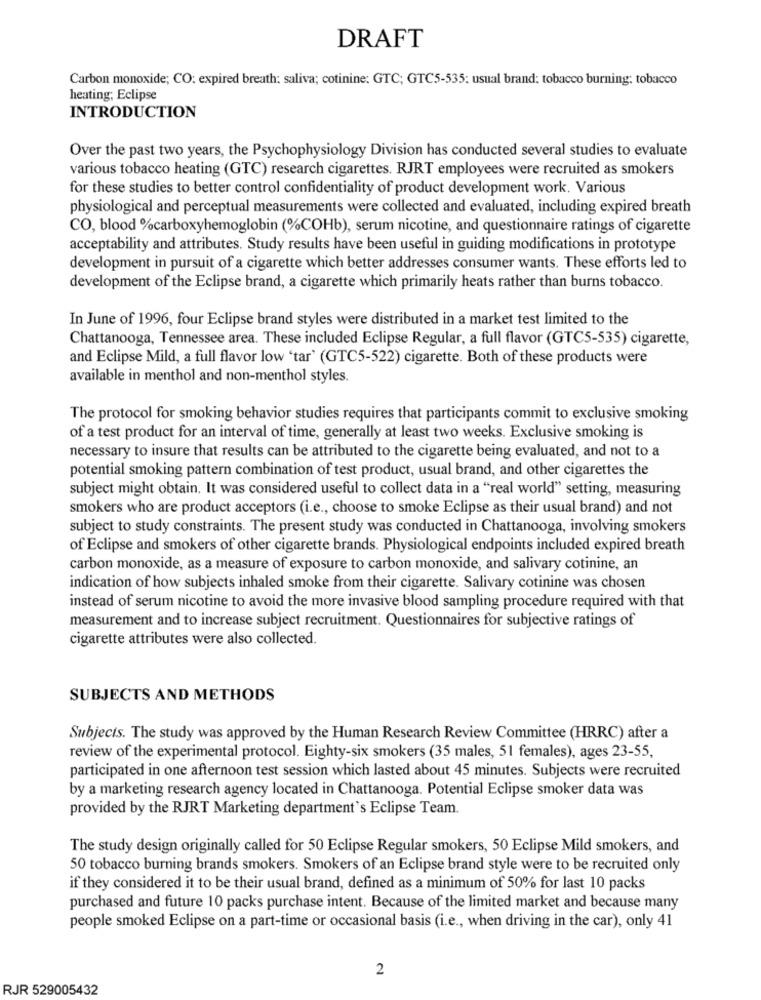
DRAFT
Carbon monoxide; CO: expired breath: saliva; cotinine: GTC; GTC5-535: usual brand: tobacco burning: tobacco
heating; Eclipse
INTRODUCTION
Over the past two years, the Psychophysiology Division has conducted several studies to evaluate
various tobacco heating (GTC) research cigarettes. RJRT employees were recruited as smokers
for these studies to better control confidentiality of product development work. Various
physiological and perceptual measurements were collected and evaluated, including expired breath
CO, blood %carboxyhemoglobin (%COHb), serum nicotine, and questionnaire ratings of cigarette
acceptability and attributes. Study results have been useful in guiding modifications in prototype
development in pursuit of a cigarette which better addresses consumer wants. These efforts led to
development of the Eclipse brand, a cigarette which primarily heats rather than burns tobacco.
In June of 1996, four Eclipse brand styles were distributed in a market test limited to the
Chattanooga, Tennessee area. These included Eclipse Regular, a full flavor (GTC5-535) cigarette,
and Eclipse Mild, a full flavor low 'tar' (GTC5-522) cigarette. Both of these products were
available in menthol and non-menthol styles.
The protocol for smoking behavior studies requires that participants commit to exclusive smoking
of a test product for an interval of time, generally at least two weeks. Exclusive smoking is
necessary to insure that results can be attributed to the cigarette being evaluated, and not to a
potential smoking pattern combination of test product, usual brand, and other cigarettes the
subject might obtain. It was considered useful to collect data in a "real world" setting, measuring
smokers who are product acceptors (i.e ., choose to smoke Eclipse as their usual brand) and not
subject to study constraints. The present study was conducted in Chattanooga, involving smokers
of Eclipse and smokers of other cigarette brands. Physiological endpoints included expired breath
carbon monoxide, as a measure of exposure to carbon monoxide, and salivary cotinine, an
indication of how subjects inhaled smoke from their cigarette. Salivary cotinine was chosen
instead of serum nicotine to avoid the more invasive blood sampling procedure required with that
measurement and to increase subject recruitment. Questionnaires for subjective ratings of
cigarette attributes were also collected.
SUBJECTS AND METHODS
Subjects. The study was approved by the Human Research Review Committee (HRRC) after a
review of the experimental protocol. Eighty-six smokers (35 males, 51 females), ages 23-55,
participated in one afternoon test session which lasted about 45 minutes. Subjects were recruited
by a marketing research agency located in Chattanooga. Potential Eclipse smoker data was
provided by the RJRT Marketing department's Eclipse Team.
The study design originally called for 50 Eclipse Regular smokers, 50 Eclipse Mild smokers, and
50 tobacco burning brands smokers. Smokers of an Eclipse brand style were to be recruited only
if they considered it to be their usual brand, defined as a minimum of 50% for last 10 packs
purchased and future 10 packs purchase intent. Because of the limited market and because many
people smoked Eclipse on a part-time or occasional basis (i.e ., when driving in the car), only 41
2
RJR 529005432